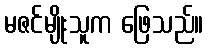
မဇင်မျိုးသူက ဖြေသည်။